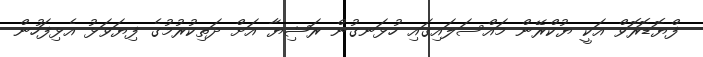
ފްޔޮޑޮރޮވް އަކީ ޔުކްރޭން މައްސަލައިގައި ހުޅަނގުން ރަޝިޔާ އަށް ދަތިކުރުމުގެ ފިޔަވަޅު އެޅިފަހުން